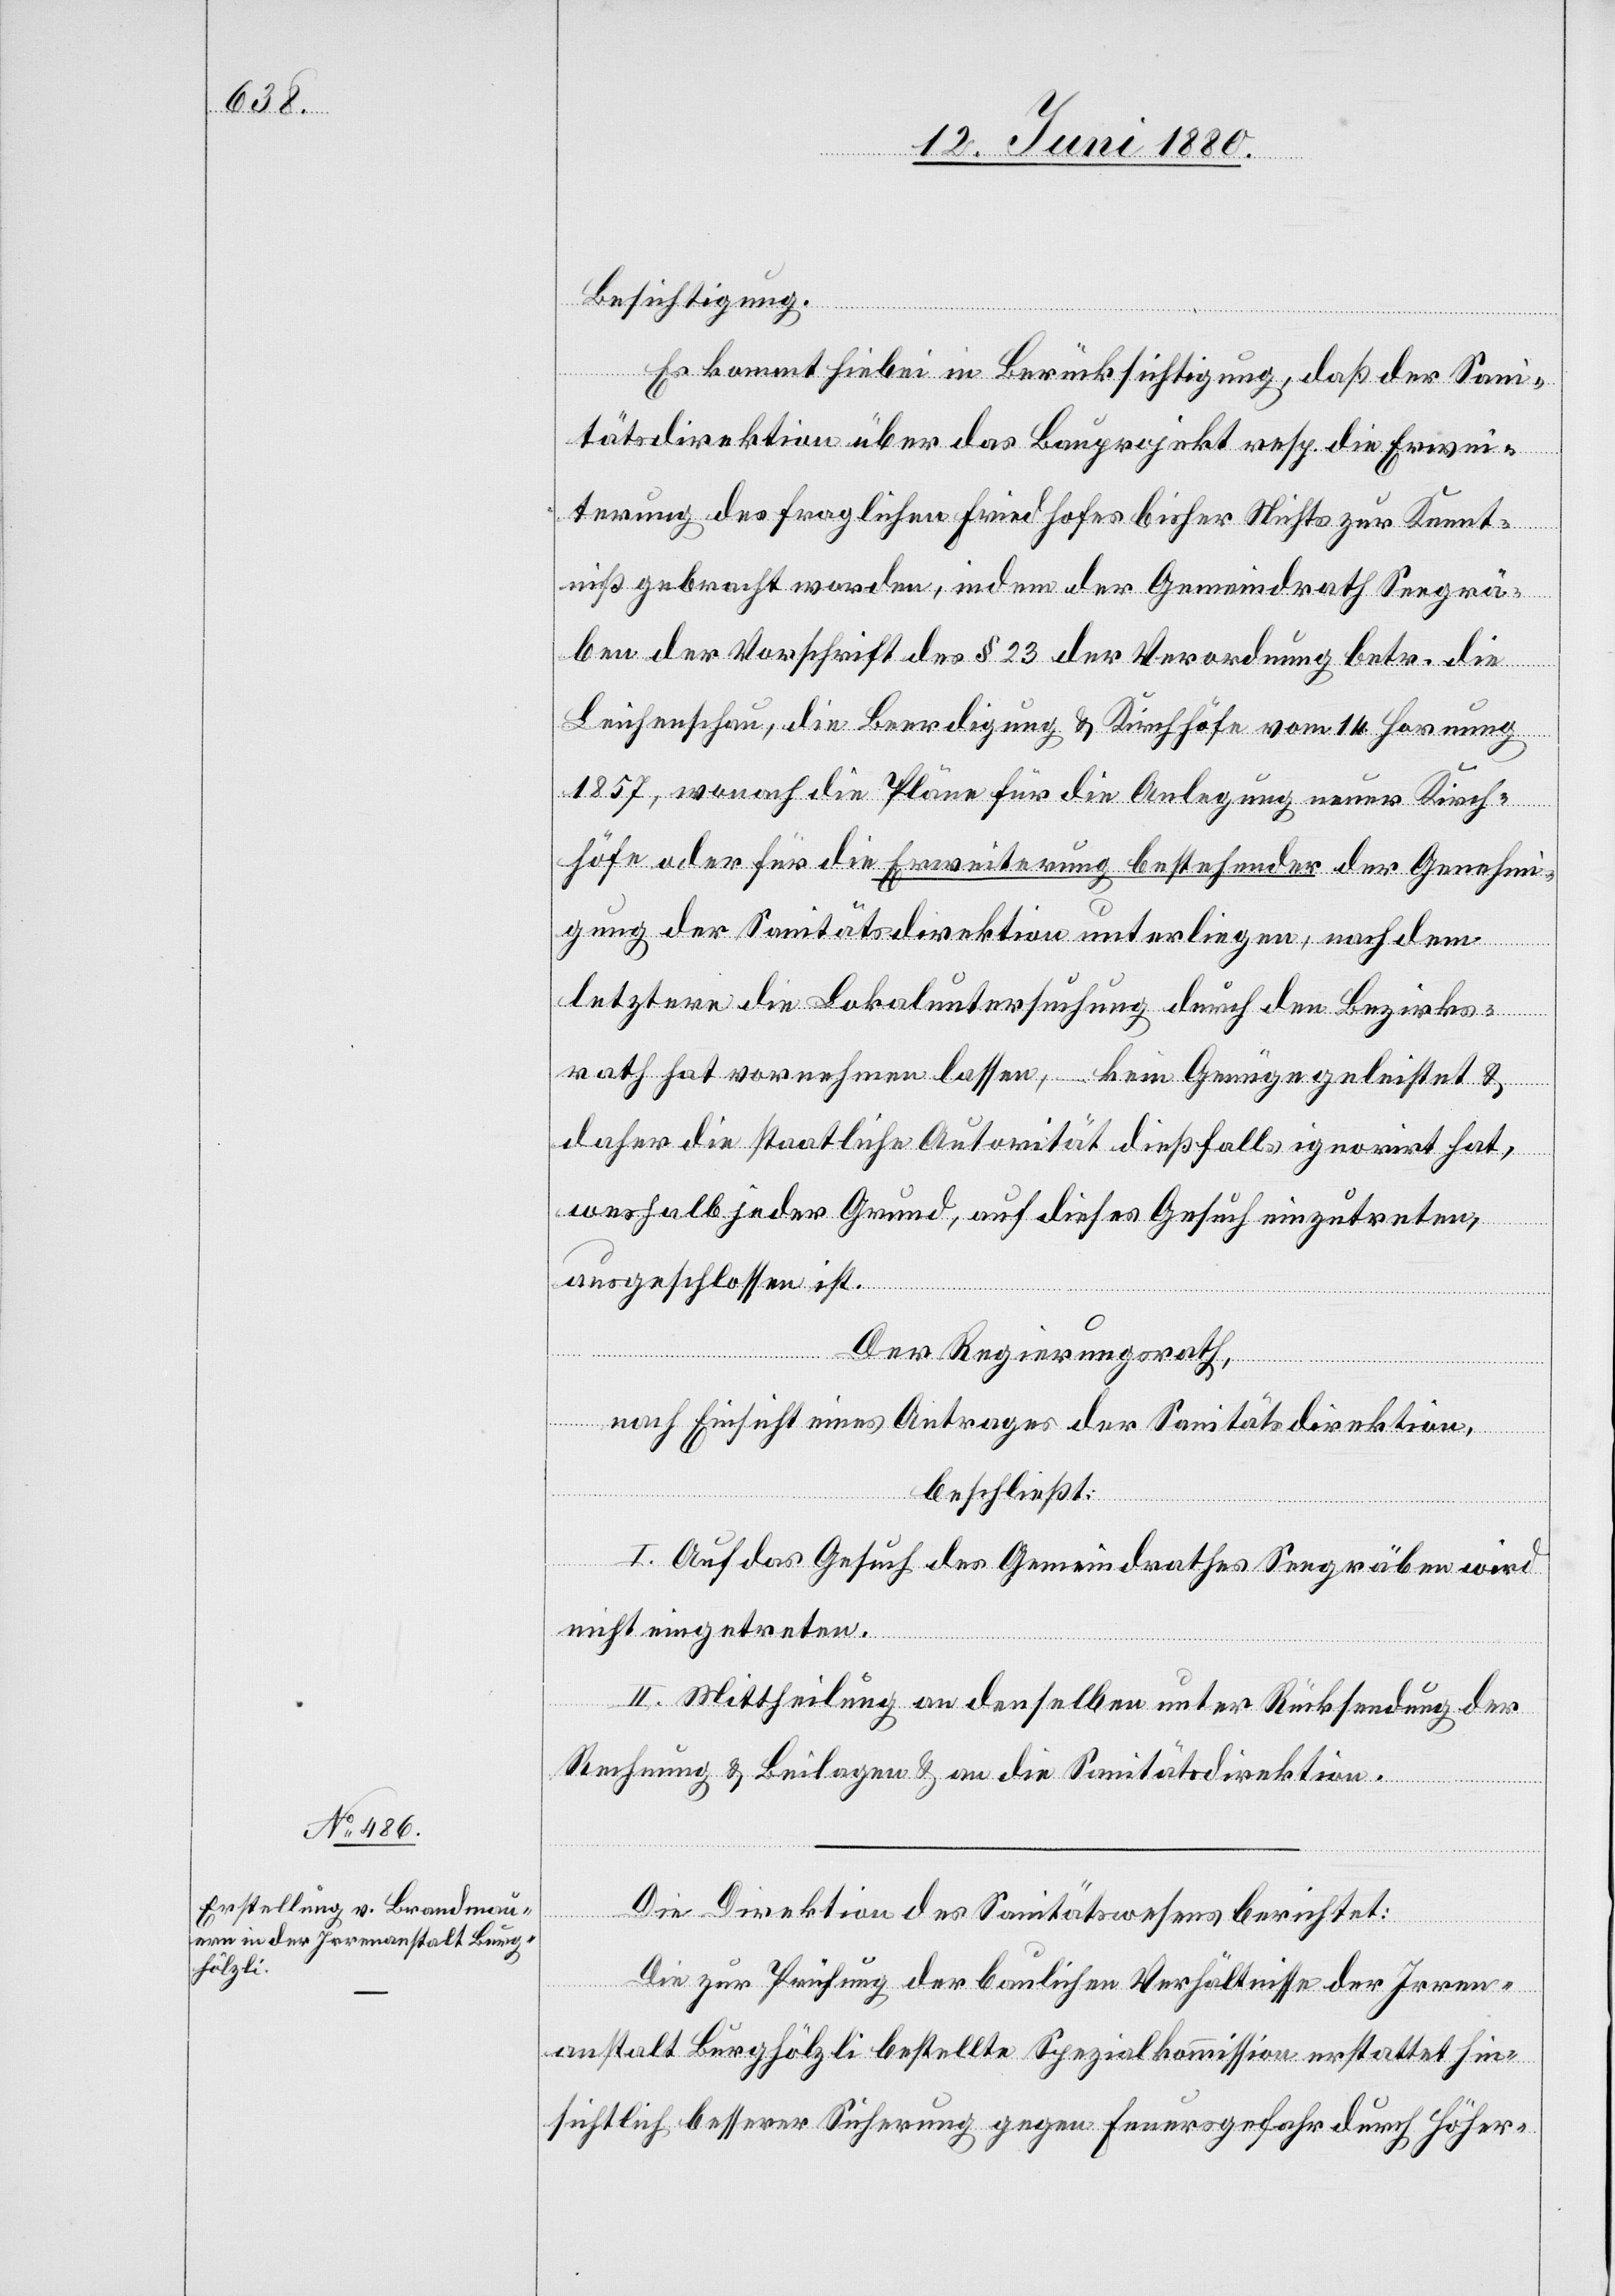
Besichtigung.
Es kommt hiebei in Berücksichtigung, daß der Sani¬
tätsdirektion über das Bauprojekt resp. die Erwei¬
terung des fraglichen Friedhofes bisher Nichts zur Kennt¬
niß gebracht worden, indem der Gemeindrath Seegrä¬
ben der Vorschrift des § 23 der Verordnung betr. die
Leichenschau, die Beerdigung & Kirchhöfe vom 14. Hornung
1857, wonach die Pläne für die Anlegung neuer Kirch¬
höfe oder für die Erweiterung bestehender der Genehmi¬
gung der Sanitätsdirektion unterliegen, nachdem
letztere die Lokaluntersuchung durch den Bezirks¬
rath hat vornehmen lassen, – kein Genüge geleistet &
daher die staatliche Autorität dießfalls ignorirt hat,
weshalb jeder Grund, auf dieses Gesuch einzutreten,
ausgeschlossen ist.
Der Regierungsrath,
nach Einsicht eines Antrages der Sanitätsdirektion,
beschließt:
I. Auf das Gesuch des Gemeindrathes Seegräben wird
nicht eingetreten.
II. Mittheilung an denselben unter Rücksendung der
Rechnung & Beilagen & an die Sanitätsdirektion.
Die Direktion des Sanitätswesens berichtet:
Die zur Prüfung der baulichen Verhältnisse der Irren¬
anstalt Burghölzli bestellte Spezialkommission erstattet hin¬
sichtlich besserer Sicherung gegen Feuergefahr durch Höher-